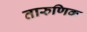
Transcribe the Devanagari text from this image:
तारुणिक